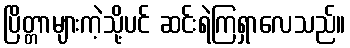
ပြိတ္တာများကဲ့သို့ပင် ဆင်းရဲကြရှာလေသည်။